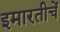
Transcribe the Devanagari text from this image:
इमारतीचें